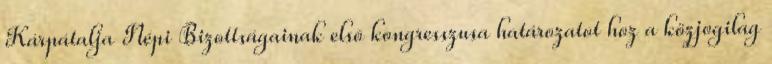
Kárpátalja Népi Bizottságainak elsõ kongresszusa határozatot hoz a közjogilag